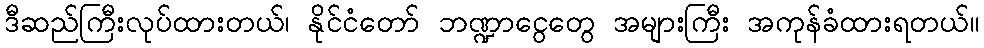
ဒီဆည်ကြီးလုပ်ထားတယ်၊ နိုင်ငံတော် ဘဏ္ဍာငွေတွေ အများကြီး အကုန်ခံထားရတယ်။